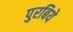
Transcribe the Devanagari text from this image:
पुरबिये